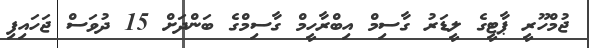
ޖުމްހޫރީ ޕާޓީގެ ލީޑަރު ގާސިމް އިބްރާހީމް ގާސިމްގެ ބަންދަށް 15 ދުވަސް ޖަހައިފި